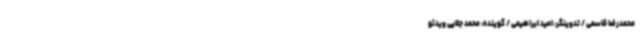
محمدرضا قاسمی / تدوینگر: امید ابراهیمی / گوینده: محمد جلایی ویدئو